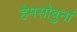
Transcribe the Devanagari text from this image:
हेमसोबुर्ना